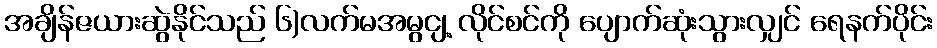
အချိန်ဇယားဆွဲနိုင်သည် ၆)လက်မအမွငျ့ လိုင်စင်ကို ပျောက်ဆုံးသွားလျှင် ရေနက်ပိုင်း